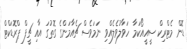
ޑޮން މެޓްރިކް ސީއީއޯކަމާ ހަވާލުވެލެއްވި ނަމަވެސް ޗެއާމަންގެ ގޮތުގަ އާއި ޗީފް ޕްރޮޑަކްޓް